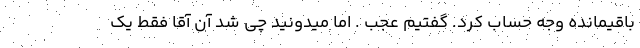
باقیمانده وجه حساب کرد. گفتیم عجب . اما میدونید چی شد آن آقا فقط یک